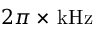
2 \pi \times \, \mathrm { k H z }